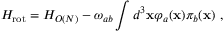
H _ { \mathrm { r o t } } = H _ { O ( N ) } - \omega _ { a b } \int d ^ { 3 } { \bf x } \varphi _ { a } ( { \bf x } ) \pi _ { b } ( { \bf x } ) \ ,